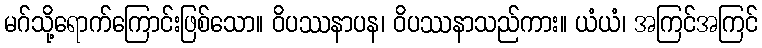
မဂ်သို့ရောက်ကြောင်းဖြစ်သော။ ဝိပဿနာပန၊ ဝိပဿနာသည်ကား။ ယံယံ၊ အကြင်အကြင်